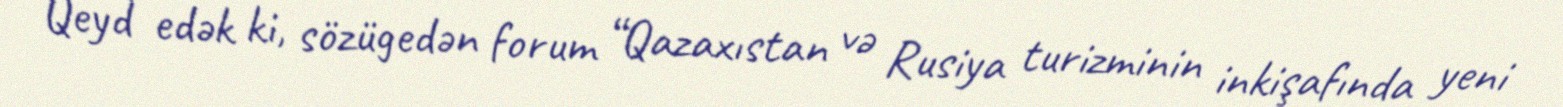
Qeyd edək ki, sözügedən forum “Qazaxıstan və Rusiya turizminin inkişafında yeni